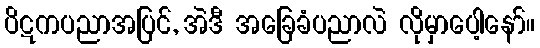
ပိဋကပညာအပြင်, အဲဒီ အခြေခံပညာလဲ လိုမှာပေါ့နော်။